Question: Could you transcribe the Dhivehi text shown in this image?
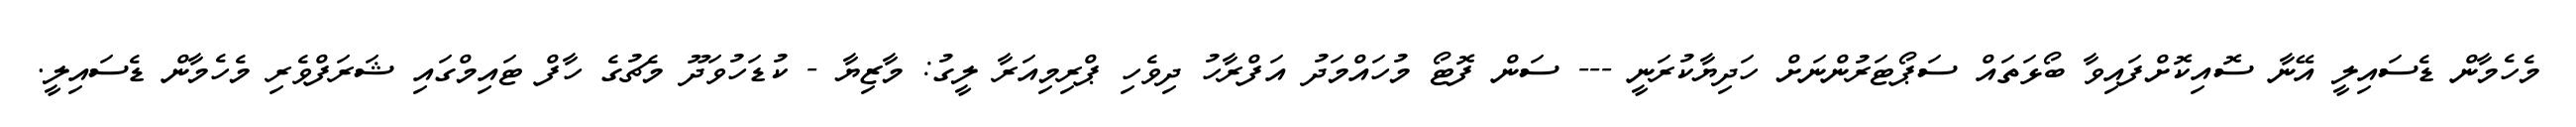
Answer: މެހެމާން ޑެސައިލީ އޭނާ ސޮއިކޮށްފައިވާ ބޯޅަތައް ސަޕޯޓަރުންނަށް ހަދިޔާކުރަނީ --- ސަން ފޮޓޯ މުހައްމަދު އަފްރާހު ދިވެހި ޕްރިމިއަރާ ލީގު: މާޒިޔާ - ކުޑަހުވަދޫ މެޗުގެ ހާފް ޓައިމްގައި ޝަރަފްވެރި މެހެމާން ޑެސައިލީ.